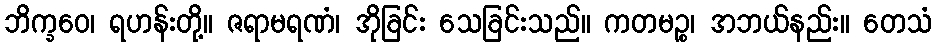
ဘိက္ခဝေ၊ ရဟန်းတို့။ ဇရာမရဏံ၊ အိုခြင်း သေခြင်းသည်။ ကတမဉ္စ၊ အဘယ်နည်း။ တေသံ